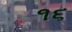
૧૬